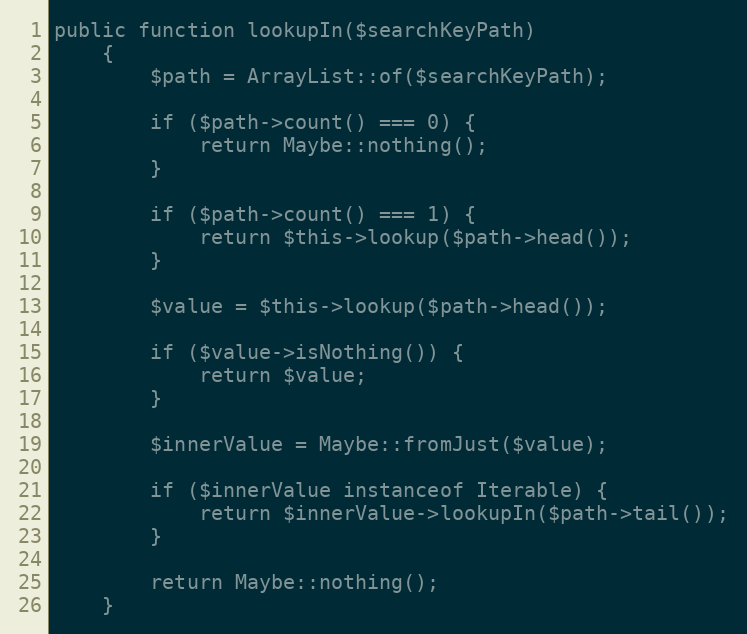
Language: PHP
public function lookupIn($searchKeyPath)
    {
        $path = ArrayList::of($searchKeyPath);

        if ($path->count() === 0) {
            return Maybe::nothing();
        }

        if ($path->count() === 1) {
            return $this->lookup($path->head());
        }

        $value = $this->lookup($path->head());

        if ($value->isNothing()) {
            return $value;
        }

        $innerValue = Maybe::fromJust($value);

        if ($innerValue instanceof Iterable) {
            return $innerValue->lookupIn($path->tail());
        }

        return Maybe::nothing();
    }